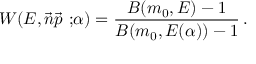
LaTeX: W ( E , \vec { n } \vec { p } { \ ; } \alpha ) = \frac { B ( m _ { 0 } , E ) - 1 } { B ( m _ { 0 } , E ( \alpha ) ) - 1 } \, .